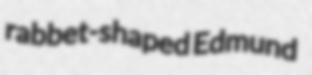
rabbet-shaped Edmund